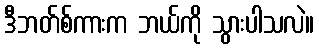
ဒီဘတ်စ်ကားက ဘယ်ကို သွားပါသလဲ။